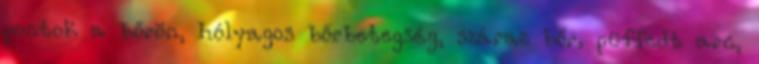
pontok a bőrön, hólyagos bőrbetegség, száraz bőr, püffedt arc,